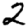
Digit: 2